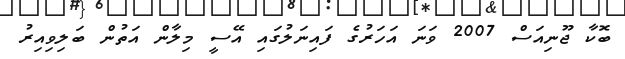
ބޮކާ ޖޫނިއަސް 2007 ވަނަ އަހަރުގެ ފައިނަލުގައި އޭސީ މިލާން އަތުން ބަލިވިއިރު